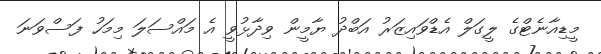
މީޑިއާނެޓްގެ ލީގަލް އެޑްވައިޒަރު އަބްދު ޔާމީން ވިދާޅުވީ އެ މައްސަލަ މިމަހު ފަސްވަނަ